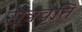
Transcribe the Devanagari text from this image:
सूत्रवृति